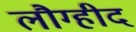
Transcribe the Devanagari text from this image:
लौग्हीद